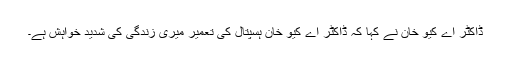
ڈاکٹر اے کیو خان نے کہا کہ ڈاکٹر اے کیو خان ہسپتال کی تعمیر میری زندگی کی شدید خواہش ہے۔